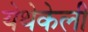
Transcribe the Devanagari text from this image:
येथेकेली